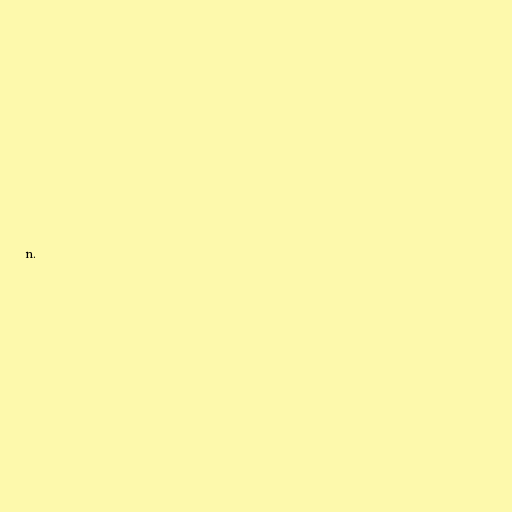
n.